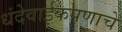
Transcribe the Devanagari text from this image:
धंदेवाईकपणाचे